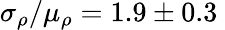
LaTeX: \sigma_{\rho}/\mu_{\rho}=1.9\pm 0.3\